Civil Veterinary Dept. Bombay admin report 1914-1922 - 1914-1922
Year: 1914
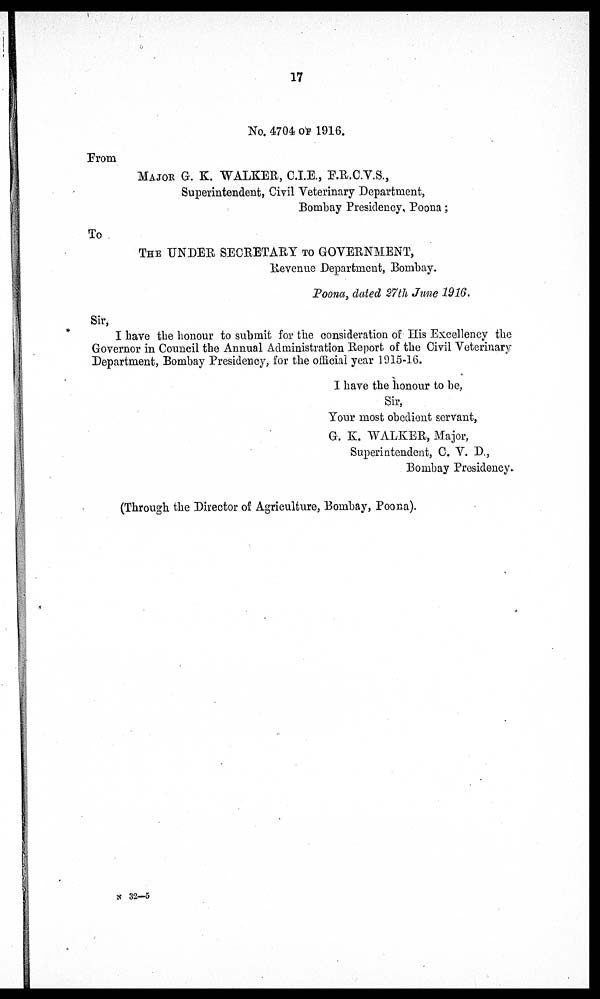
17
No. 4704 OF 1916.
From
MAJOR G. K. WALKER, C.I.E., F.R.C.V.S.,
Superintendent, Civil Veterinary Department,
Bombay Presidency, Poona;
To
THE UNDER SECRETARY TO GOVERNMENT,
Revenue Department, Bombay.
Poona, dated 27th June 1916.
Sir,
I have the honour to submit for the consideration of His Excellency the
Governor in Council the Annual Administration Report of the Civil Veterinary
Department, Bombay Presidency, for the official year 1915-16.
I have the honour to be,
Sir,
Your most obedient servant,
G. K. WALKER, Major,
Superintendent, C. V. D.,
Bombay Presidency-
(Through the Director of Agriculture, Bombay, Poona).
N 32—5